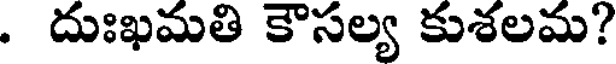
. దుఃఖమతి కౌసల్య కుశలమ?